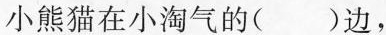
小熊猫在小淘气的()边，